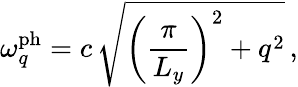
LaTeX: \omega_{q}^{\mathrm{ph}}=c\, \sqrt{\left(\frac{\pi}{L_{y}}\right)^{2}+q^{2}}\, ,